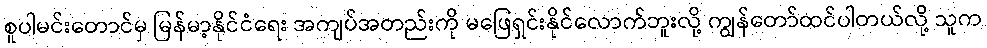
စူပါမင်းတောင်မှ မြန်မာ့နိုင်ငံရေး အကျပ်အတည်းကို မဖြေရှင်းနိုင်လောက်ဘူးလို့ ကျွန်တော်ထင်ပါတယ်လို့ သူက